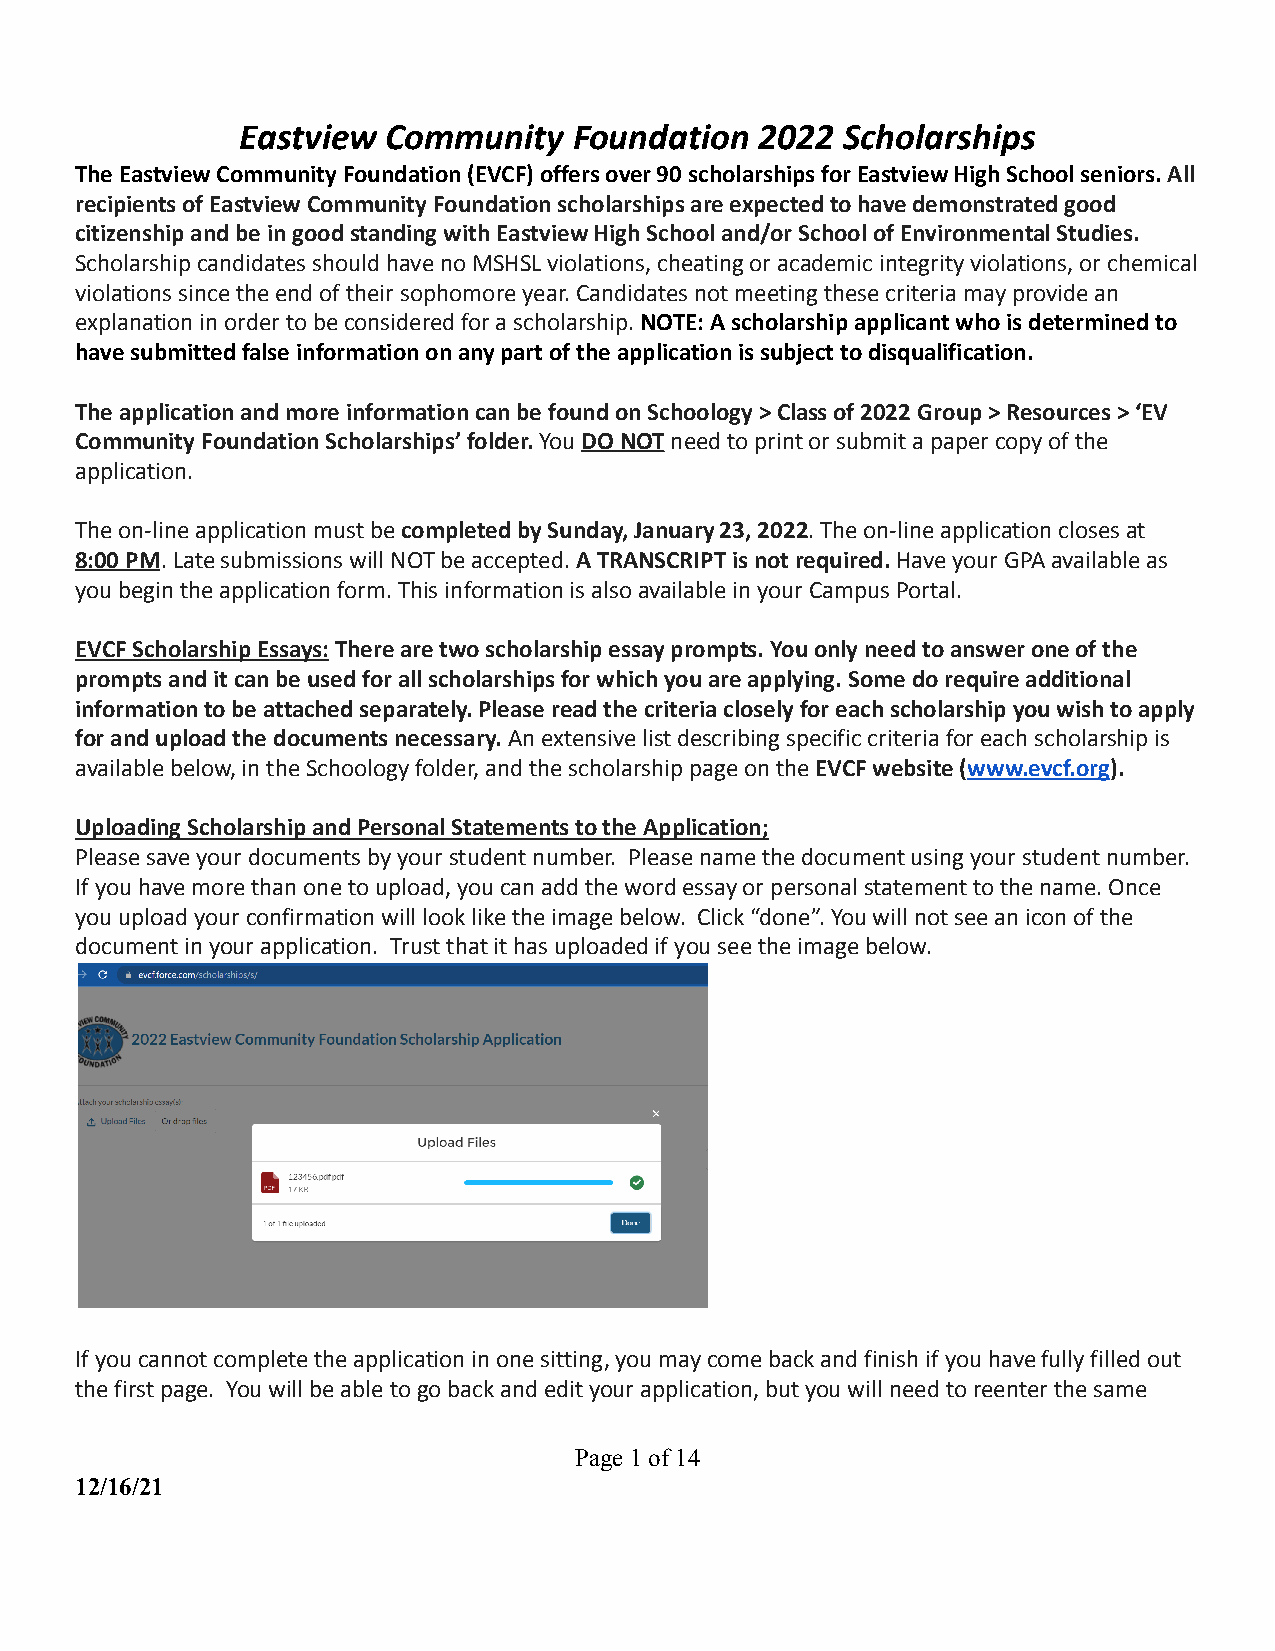
Eastview  Community   Foundation  2022  Scholarships
 The Eastview Community Foundation (EVCF) offers over 90 scholarships for Eastview High School seniors.All
 recipients of Eastview Community Foundation scholarships are expected to have demonstrated good
 citizenship and be in good standing with Eastview High School and/or School of Environmental Studies.
 Scholarship candidates should have no MSHSL violations, cheating or academic integrity violations, or chemical
 violations since the end of their sophomore year. Candidates not meeting these criteria may provide an
 explanation in order to be considered for a scholarship.NOTE:A scholarship applicant who is determined to
 have submitted false information on any part of the application is subject to disqualification.
 The application and more information can be found on Schoology > Class of 2022 Group > Resources > ‘EV
 Community Foundation Scholarships’ folder.YouDONOTneed to print or submit a paper copy of the
 application.
 The on-line application must becompleted by Sunday,January 23, 2022. The on-line application closesat
 8:00 PM. Late submissions will NOT be accepted.ATRANSCRIPT is not required.Have your GPA availableas
 you begin the application form. This information is also available in your Campus Portal.
 EVCF Scholarship Essays:There are two scholarshipessay prompts. You only need to answer one of the
 prompts and it can be used for all scholarships for which you are applying. Some do require additional
 information to be attached separately. Please read the criteria closely for each scholarship you wish to apply
 for and upload the documents necessary.An extensivelist describing specific criteria for each scholarship is
 available below, in the Schoology folder, and the scholarship page on theEVCF website (www.evcf.org).
 Uploading Scholarship and Personal Statements to the Application;
 Please save your documents by your student number. Please name the document using your student number.
 If you have more than one to upload, you can add the word essay or personal statement to the name. Once
 you upload your confirmation will look like the image below. Click “done”. You will not see an icon of the
 document in your application. Trust that it has uploaded if you see the image below.
 If you cannot complete the application in one sitting, you may come back and finish if you have fully filled out
 the first page. You will be able to go back and edit your application, but you will need to reenter the same
 Page1of14
 12/16/21